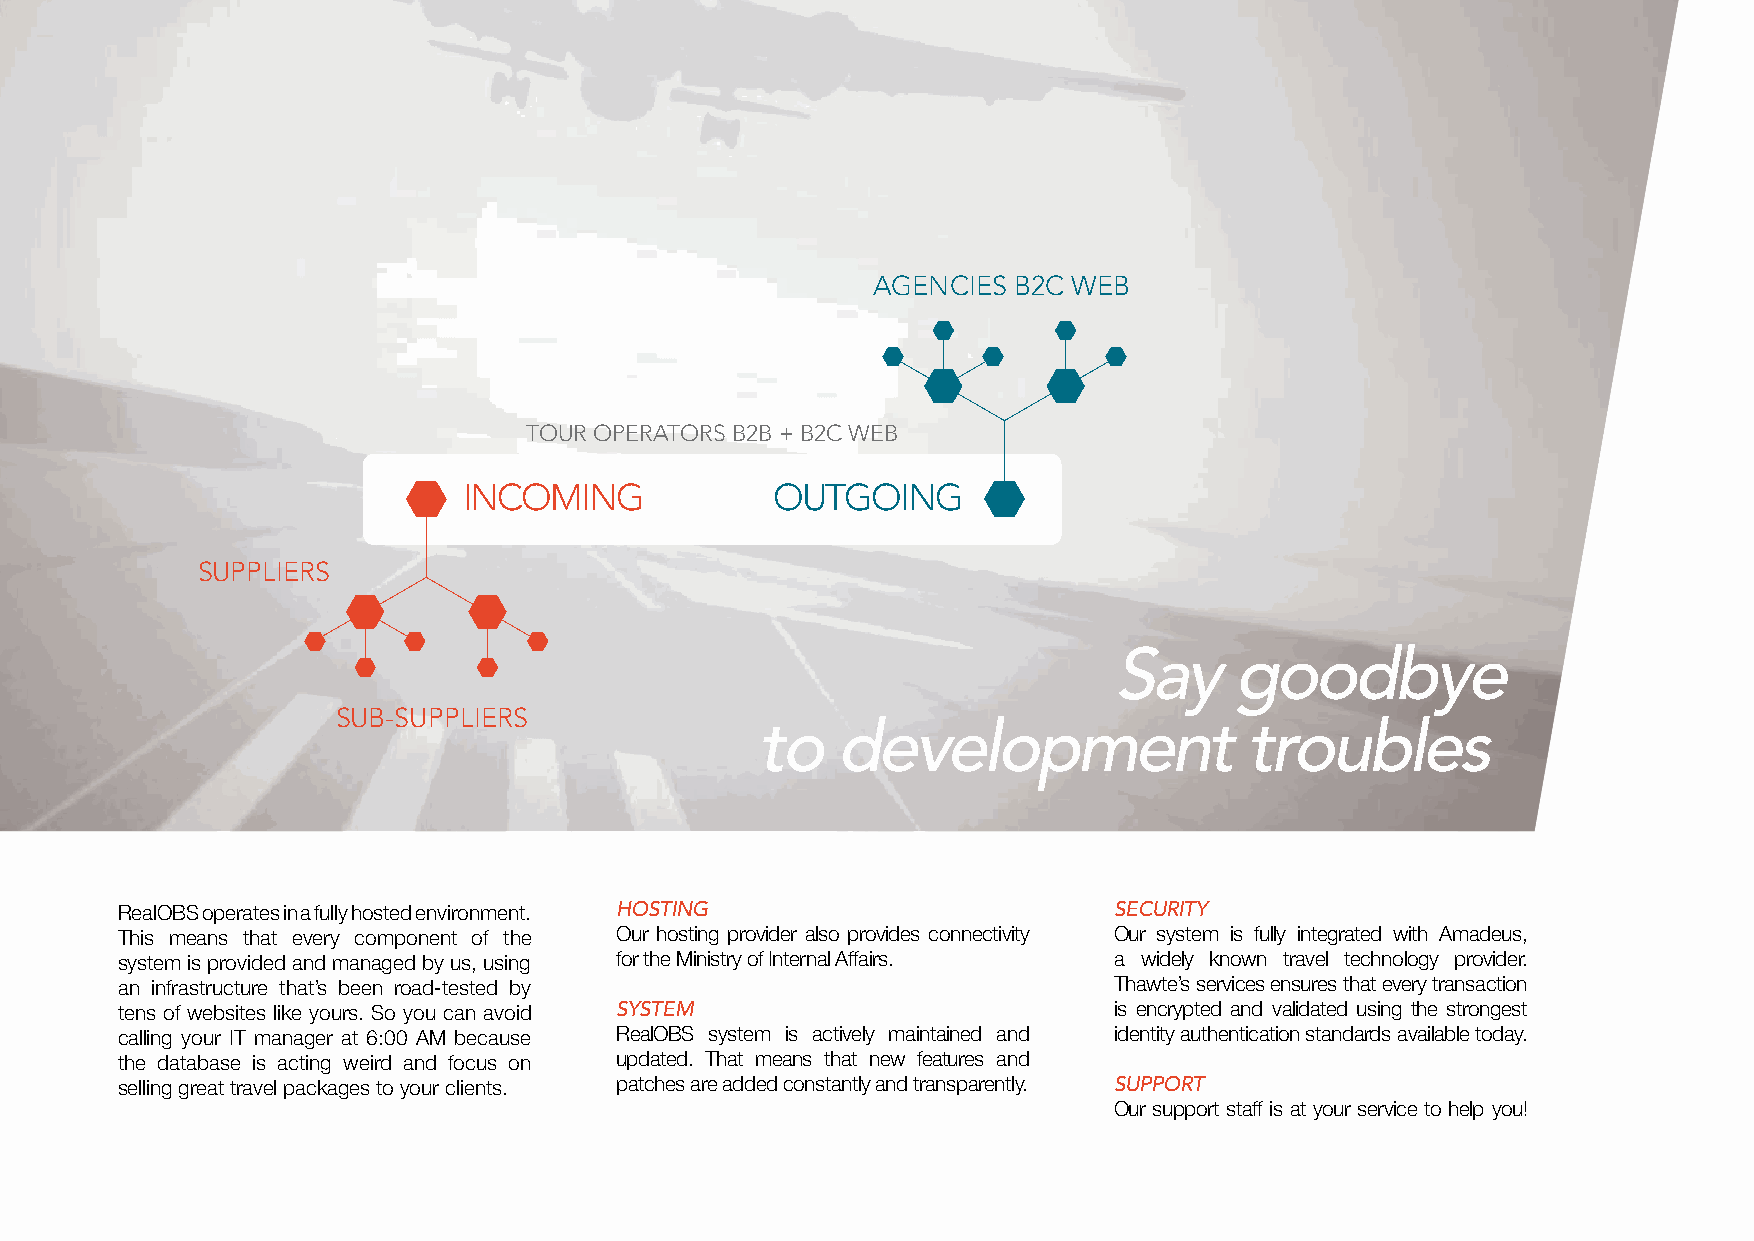
AGENCIES B2C WEB
 TOUR OPERATORS B2B + B2C WEB
 INCOMING            OUTGOING
 SUPPLIERS
 Say     goodbye
 SUB-SUPPLIERS
 to   development                 troubles
 RealOBS operates in a fully hosted environment. HOSTING           SECURITY
 This means that every component of the Our hosting provider also provides connectivity Our system is fully integrated with Amadeus,
 system is provided and managed by us, using for the Ministry of Internal Affairs. a widely known travel technology provider.
 an infrastructure that’s been road-tested by                      Thawte’s services ensures that every transaction
 tens of websites like yours. So you can avoid SYSTEM              is encrypted and validated using the strongest
 calling your IT manager at 6:00 AM because RealOBS system is actively maintained and identity authentication standards available today.
 the database is acting weird and focus on updated. That means that new features and
 selling great travel packages to your clients. patches are added constantly and transparently. SUPPORT
 Our support staff is at your service to help you!